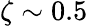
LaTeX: \zeta\sim 0.5